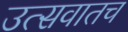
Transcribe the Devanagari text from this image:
उत्सवातच